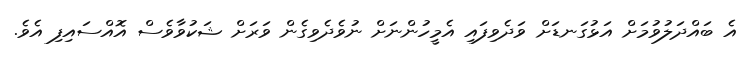
އެ ބައްދަލުވުމަށް އަޅުގަނޑަށް ވަދެވިފައި އެމީހުންނަށް ނުވެދެވިގެން ވަރަށް ޝަކުވާވެސް އޮއްސައިފި އެވެ.